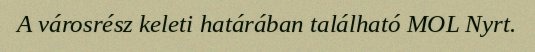
A városrész keleti határában található MOL Nyrt.